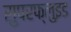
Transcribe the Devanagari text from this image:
सुपरफ्लुइड